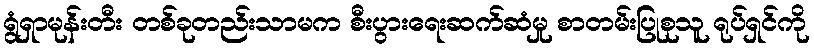
ရွံရှာမုန်းတီး တစ်ခုတည်းသာမက စီးပွားရေးဆက်ဆံမှု စာတမ်းပြုစုသူ ရုပ်ရှင်ကို